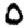
Digit: 0